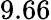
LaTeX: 9.66